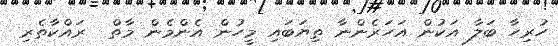
ހުރިހާ ބަލާ އަކުން އަހަރެންނާ ތިޔަބައި މީހުން އެންމެން މާތް  ރައްކާތެރި